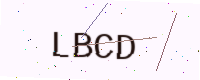
Text: LBCD